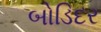
બોડિદર